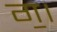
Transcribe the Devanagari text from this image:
ग॒।